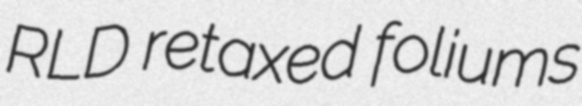
RLD retaxed foliums